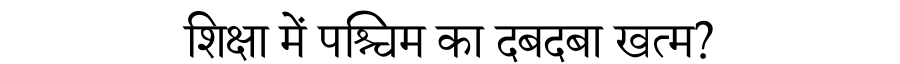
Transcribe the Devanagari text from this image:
शिक्षा में पश्चिम का दबदबा खत्म?